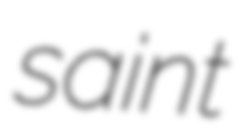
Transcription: saint